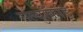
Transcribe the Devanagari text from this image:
सेल्युकिड़ि